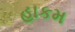
હાકમ